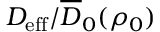
{ D _ { \mathrm { e f f } } } / \overline { { D } } _ { 0 } ( \rho _ { 0 } )